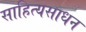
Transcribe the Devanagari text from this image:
साहित्यसाधन